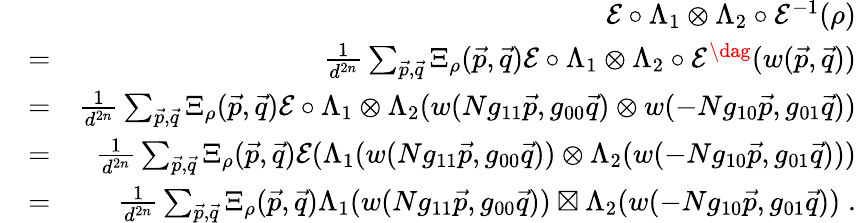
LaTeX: \begin{array}{rlr}&{}&{\mathcal{E}\circ\Lambda_{1}\otimes\Lambda_{2}\circ\mathcal{E}^{-1}(\rho)}\\ &{=}&{\frac{1}{d^{2n}}\sum_{\vec{p},\vec{q}}\Xi_{\rho}(\vec{p},\vec{q})\mathcal{E}\circ\Lambda_{1}\otimes\Lambda_{2}\circ\mathcal{E}^{\dag}(w(\vec{p},\vec{q}))}\\ &{=}&{\frac{1}{d^{2n}}\sum_{\vec{p},\vec{q}}\Xi_{\rho}(\vec{p},\vec{q})\mathcal{E}\circ\Lambda_{1}\otimes\Lambda_{2}(w(Ng_{11}\vec{p},g_{00}\vec{q})\otimes w(-Ng_{10}\vec{p},g_{01}\vec{q}))}\\ &{=}&{\frac{1}{d^{2n}}\sum_{\vec{p},\vec{q}}\Xi_{\rho}(\vec{p},\vec{q})\mathcal{E}(\Lambda_{1}(w(Ng_{11}\vec{p},g_{00}\vec{q}))\otimes\Lambda_{2}(w(-Ng_{10}\vec{p},g_{01}\vec{q})))}\\ &{=}&{\frac{1}{d^{2n}}\sum_{\vec{p},\vec{q}}\Xi_{\rho}(\vec{p},\vec{q})\Lambda_{1}(w(Ng_{11}\vec{p},g_{00}\vec{q}))\boxtimes\Lambda_{2}(w(-Ng_{10}\vec{p},g_{01}\vec{q}))\; .}\end{array}